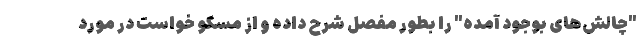
"چالش‌های بوجود آمده" را بطور مفصل شرح داده و از مسکو خواست در مورد